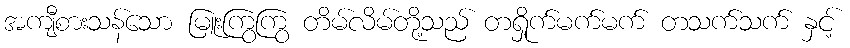
အကျီစားသန်သော မြူးကြွကြွ တိမ်လိမ်တို့သည် တရှိုက်မက်မက် တသက်သက် နှင့်